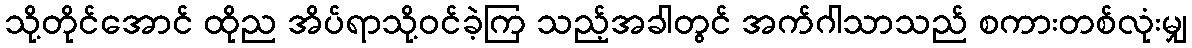
သို့တိုင်အောင် ထိုည အိပ်ရာသို့ဝင်ခဲ့ကြ သည့်အခါတွင် အက်ဂါသာသည် စကားတစ်လုံးမျှ